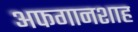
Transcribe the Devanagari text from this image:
अफगानशाह